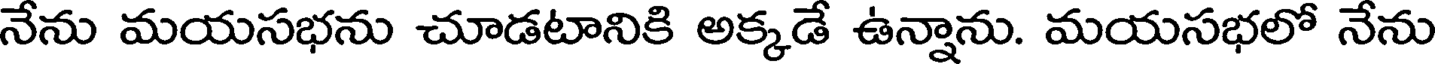
నేను మయసభను చూడటానికి అక్కడే ఉన్నాను. మయసభలో నేను